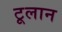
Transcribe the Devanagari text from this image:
टूलान